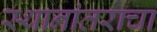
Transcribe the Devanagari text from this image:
स्थानांतराचा